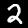
Label: 2